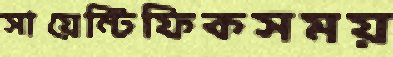
সায়েন্টিফিকসময়